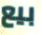
بيع